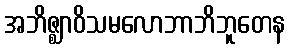
အဘိဇ္ဈာဝိသမလောဘာဘိဘူတေန